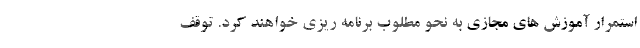
استمرار آموزش های مجازی به نحو مطلوب برنامه ریزی خواهند کرد. توقف